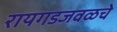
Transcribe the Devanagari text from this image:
रायगडजवळचे